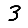
Digit: 3